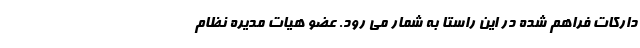
دارکات فراهم شده در این راستا به شمار می رود. عضو هیات مدیره نظام